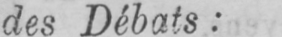
des Débats: